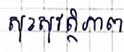
សុខសុវត្ថិភាព